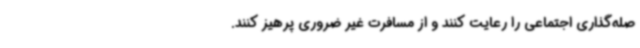
صله‌گذاری اجتماعی را رعایت کنند و از مسافرت غیر ضروری پرهیز کنند.